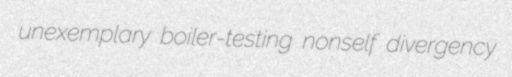
unexemplary boiler-testing nonself divergency